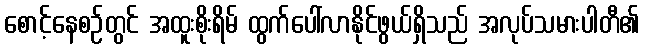
စောင့်နေစဉ်တွင် အထူးစိုးရိမ် ထွက်ပေါ်လာနိုင်ဖွယ်ရှိသည် အလုပ်သမားပါတီ၏